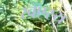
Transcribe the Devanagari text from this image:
स्वएस्य्